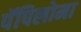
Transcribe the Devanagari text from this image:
पॅपिलोमा